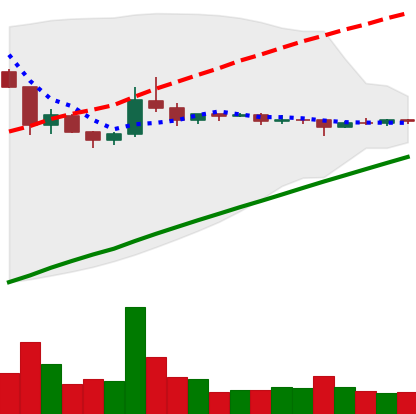
Ticker: DOGE-USD
Chart end date: 2020-07-31
Forward return: 8.93%
Label: up_7plus